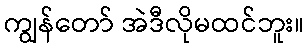
ကျွန်တော် အဲဒီလိုမထင်ဘူး။